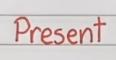
Present